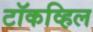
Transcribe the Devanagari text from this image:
टॉकव्हिल